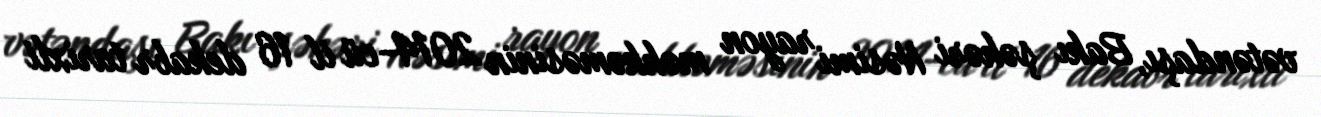
vətəndaşı, Bakı şəhəri Nəsimi rayon məhkəməsinin 2014-cü il 16 dekabr tarixli